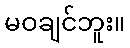
မဝချင်ဘူး။